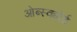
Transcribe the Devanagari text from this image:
ओब्स्क्योर्ड